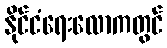
နိုင်ငံရေးလောကတွင်